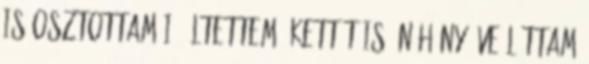
is osztottam i. Ültettem. Kettőt is. Néhány éve láttam